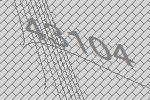
43104